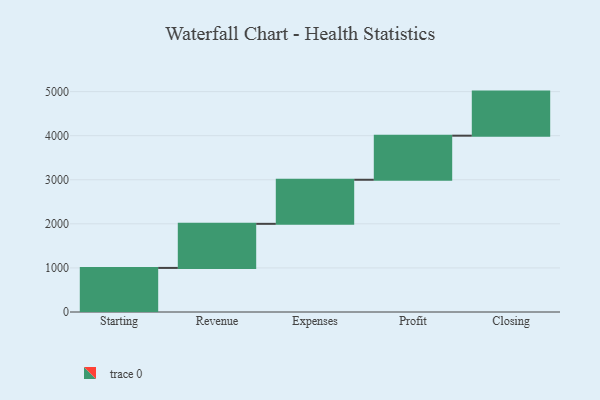
{"axis": {"x": "Step", "y": "Value"}, "legend": [""], "data": [{"x": "Starting", "y": 1000, "type": ""}, {"x": "Revenue", "y": 1000, "type": ""}, {"x": "Expenses", "y": 1000, "type": ""}, {"x": "Profit", "y": 1000, "type": ""}, {"x": "Closing", "y": 1000, "type": ""}]}